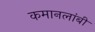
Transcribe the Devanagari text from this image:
कमानलांबी